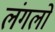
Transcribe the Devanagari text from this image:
लंगलो